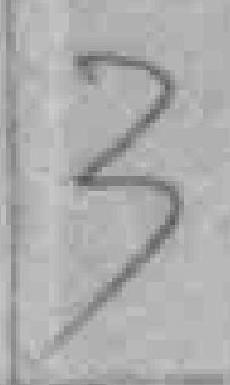
3